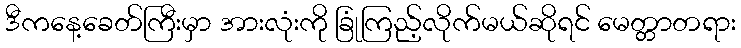
ဒီကနေ့ခေတ်ကြီးမှာ အားလုံးကို ခြုံကြည့်လိုက်မယ်ဆိုရင် မေတ္တာတရား